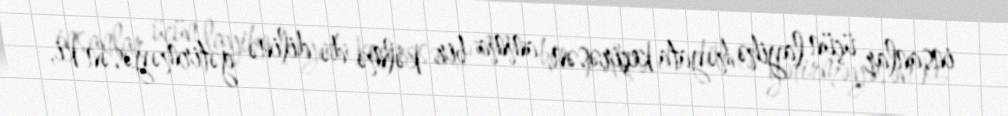
insanlar üçün layihə həyata keçirəsən, amma bir kəlmə də dilinə gətirməyəsən ki,